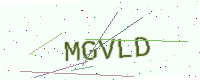
Text: MGVLD